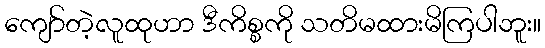
ကျော်တဲ့လူထုဟာ ဒီကိစ္စကို သတိမထားမိကြပါဘူး။